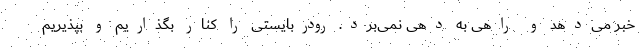
خبر می‌دهد و راهی به دهی نمی‌برد. رودربایستی را کنار بگذاریم و بپذیریم